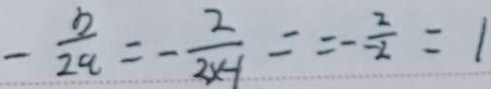
- \frac { b } { 2 a } = - \frac { 2 } { 2 x - 1 } = - \frac { 2 } { - 2 } = 1